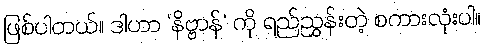
ဖြစ်ပါတယ်။ ဒါဟာ ‘နိဗ္ဗာန်’ ကို ရည်ညွှန်းတဲ့ စကားလုံးပါ။